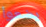
يضعوا